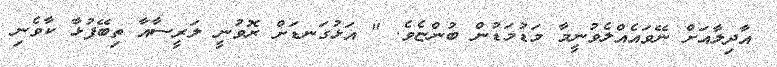
އާދިލާއަށް ނޭވައެއްލެވުނީމާ މަޑުމަޑުން ބުންޏެވެ. " އަޅުގަނޑަށް ރޮވުނީ ލަރީސާއާ ތިބޭފުޅާ ކާވެނި